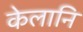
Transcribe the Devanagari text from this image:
केलानि